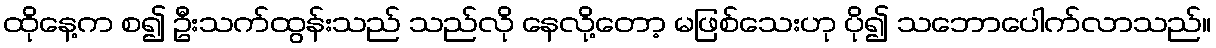
ထိုနေ့က စ၍ ဦးသက်ထွန်းသည် သည်လို နေလို့တော့ မဖြစ်သေးဟု ပို၍ သဘောပေါက်လာသည်။